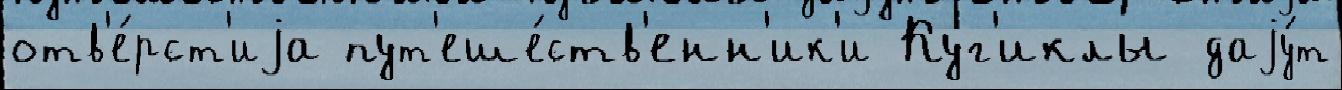
отв'е́рст'иjа пут'еше́ств'енн'ик'и Куг'иклы даjу́т